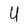
Character: U